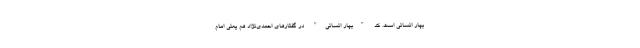
بهار انسانی است. کد "بهار انسانی" در گفتارهای احمدی‌نژاد هم یعنی امام